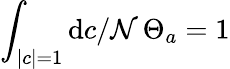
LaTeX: \int_{|c|=1}{\mathrm{d}c/\mathcal{N}}\, \Theta_{a}=1